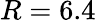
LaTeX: R=6.4